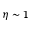
\eta \sim 1